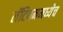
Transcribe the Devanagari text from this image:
लॅटियममध्येच